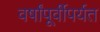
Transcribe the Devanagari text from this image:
वर्षांपूर्वीपर्यत